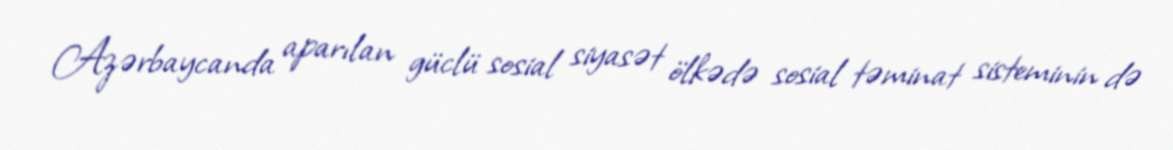
Azərbaycanda aparılan güclü sosial siyasət ölkədə sosial təminat sisteminin də